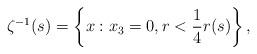
LaTeX: \begin{align*}\zeta^{-1}(s)= \left\{ x : x_3 = 0, r < \frac14r(s) \right\}, \end{align*}